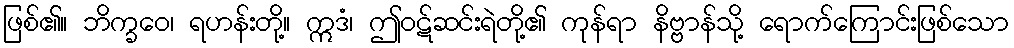
ဖြစ်၏။ ဘိက္ခဝေ၊ ရဟန်းတို့။ ဣဒံ၊ ဤဝဋ်ဆင်းရဲတို့၏ ကုန်ရာ နိဗ္ဗာန်သို့ ရောက်ကြောင်းဖြစ်သော